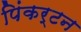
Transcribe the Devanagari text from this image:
पिंकर्टन